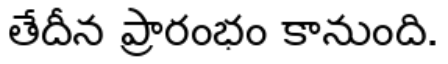
తేదీన ప్రారంభం కానుంది.